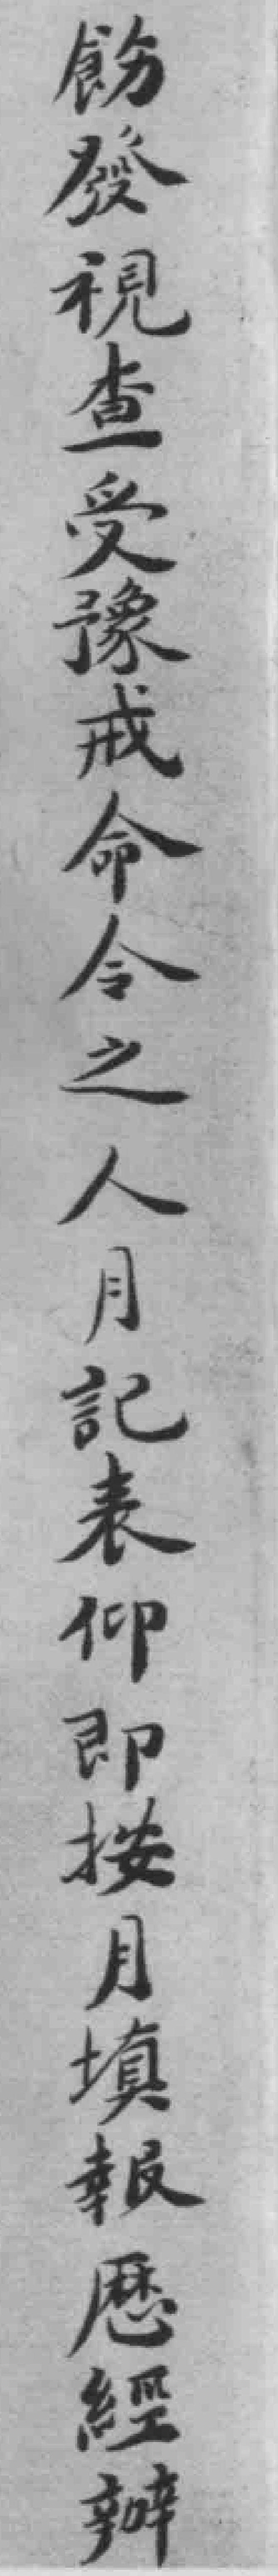
飭發視查受豫戒命令之人月記表仰即按月填報厯經辦